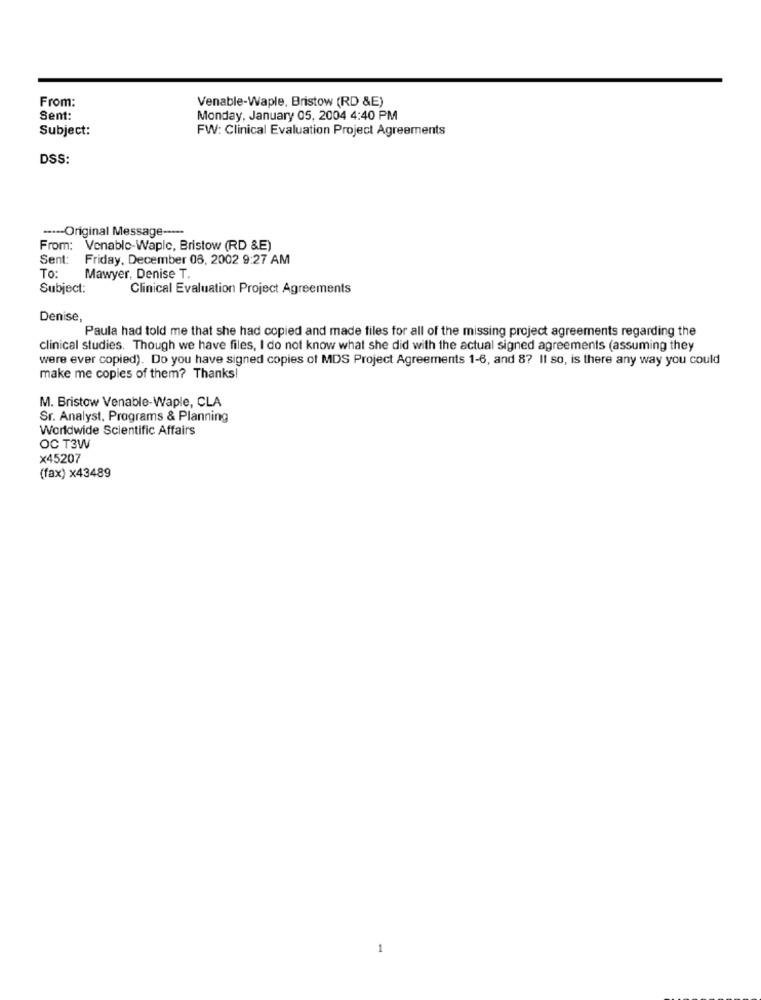
From:
Venable-Waple, Bristow (RD &E)
Sent:
Monday, January 05, 2004 4:40 PM
Subject:
FW: Clinical Evaluation Project Agreements
DSS:
---- Original Message -----
From: Venable-Waple, Bristow (RD &E)
Sent: Friday, December 08, 2002 9:27 AM
To:
Mawyer, Denise T.
Subject:
Clinical Evaluation Project Agreements
Denise,
Paula had told me that she had copied and made files for all of the missing project agreements regarding the
clinical studies. Though we have files, I do not know what she did with the actual signed agreements (assuming they
were ever copied). Do you have signed copies of MDS Project Agreements 1-6, and 8? It so, is there any way you could
make me copies of them? Thanks!
M. Bristow Venable-Waple, CLA
Sr. Analyst, Programs & Planning
Worldwide Scientific Affairs
OC T3W
x45207
(fax) x43489